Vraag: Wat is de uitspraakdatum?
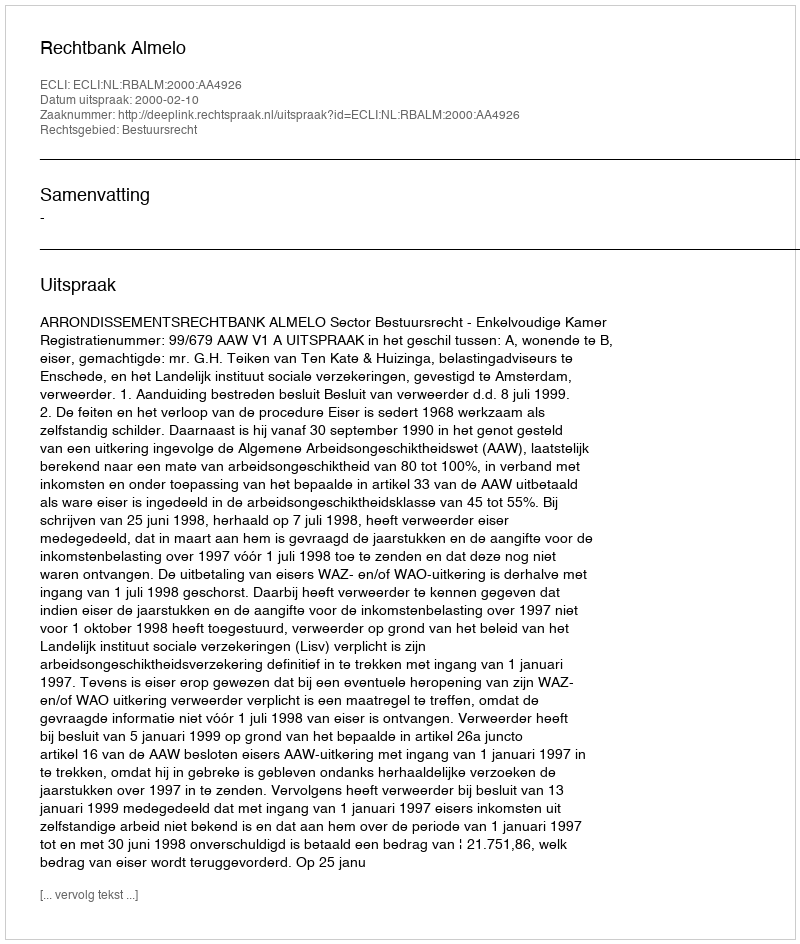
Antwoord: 2000-02-10